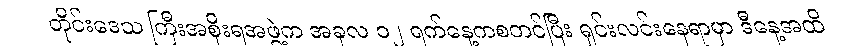
တိုင်းဒေသ ကြီးအစိုးရအဖွဲ့က အခုလ ၁၂ ရက်နေ့ကစတင်ပြီး ရှင်းလင်းနေရာမှာ ဒီနေ့အထိ